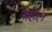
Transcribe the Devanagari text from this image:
जंहल